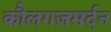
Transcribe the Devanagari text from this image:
कौलगजमर्दन